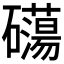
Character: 𥗔